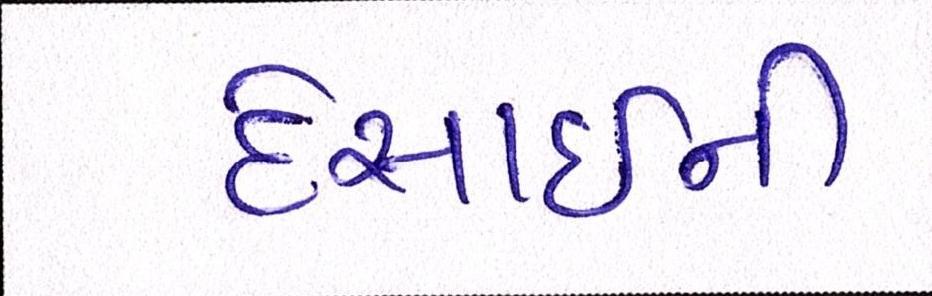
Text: દેસાઇની